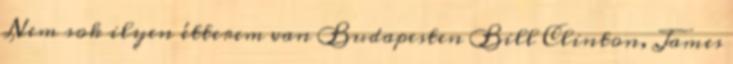
Nem sok ilyen étterem van Budapesten Bill Clinton, James